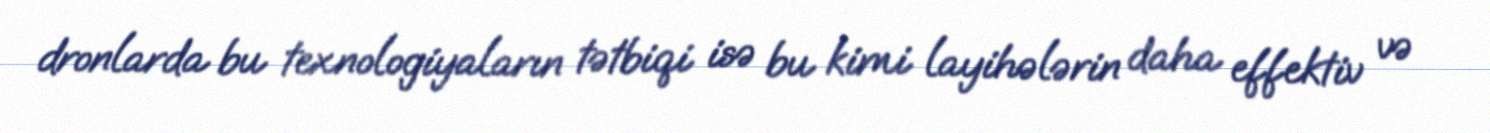
dronlarda bu texnologiyaların tətbiqi isə bu kimi layihələrin daha effektiv və